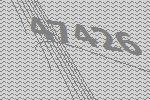
47426